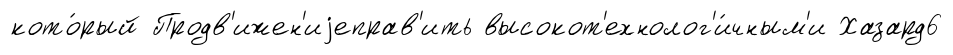
кото́рый Продв'ижен'иjеправ'ить высокот'ехнолог'и́чным'и Хазард6